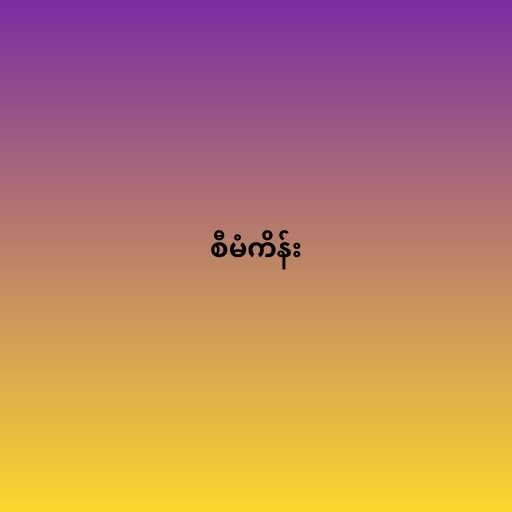
စီမံကိန်း